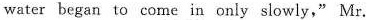
water began to come in only slowly," Mr.